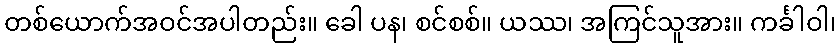
တစ်ယောက်အဝင်အပါတည်း။ ခေါ ပန၊ စင်စစ်။ ယဿ၊ အကြင်သူအား။ ကင်္ခါဝါ၊